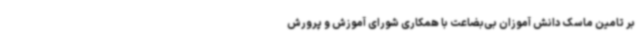
بر تامین ماسک دانش آموزان بی‌بضاعت با همکاری شورای آموزش و پرورش